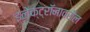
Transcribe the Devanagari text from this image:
इलेक्ट्रॉनावरील